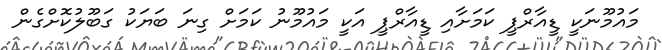
މައުމޫނަކީ ޑީއާރްޕީ ކަމަށާއި ޑީއާރްޕީ އަކީ މައުމޫނު ކަމަށް ގިނަ ބަޔަކު ގަބޫލުކޮށްގެން